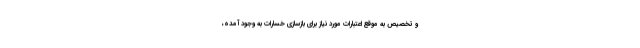
و تخصیص به موقع اعتبارات مورد نیاز برای بازسازی خسارات به وجود آمده،